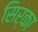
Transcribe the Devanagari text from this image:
सिर्का